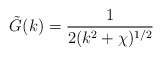
\begin{align*}\tilde{G} (k) = {1 \over 2 (k^2 + \chi)^{1/2}}\end{align*}